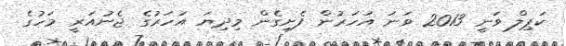
ކަޕިލް ވަނީ 2013 ވަނަ އަހަރުން ފެށިގެން މިދިޔަ އަހަރުގެ ޖެނުއަރީ މަހުގެ